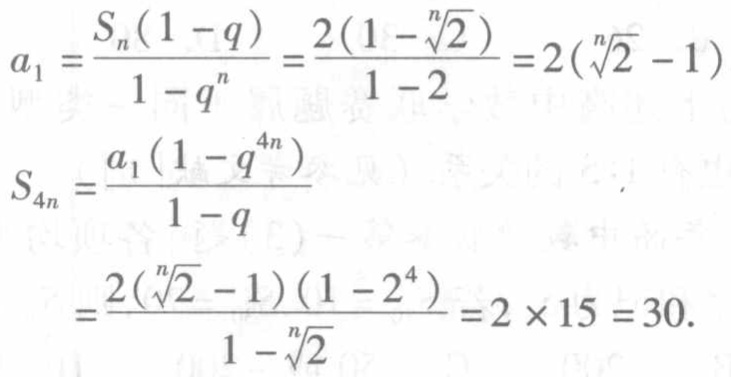
\[
a_{1}=\frac{S_{n}(1 - q)}{1 - q^{n}}=\frac{2(1 - \sqrt[n]{2})}{1 - 2}=2(\sqrt[n]{2}-1)
\]
\[
\begin{align*}
S_{4n}&=\frac{a_{1}(1 - q^{4n})}{1 - q}\\
&=\frac{2(\sqrt[n]{2}-1)(1 - 2^{4})}{1-\sqrt[n]{2}}=2\times15 = 30
\end{align*}
\]